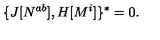
\{ J [ N ^ { a b } ] , H [ M ^ { i } ] \} ^ { * } = 0 .